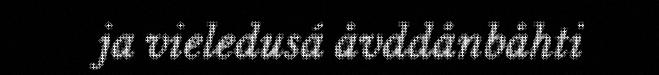
ja vieledusá åvddånbåhti